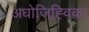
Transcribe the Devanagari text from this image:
अधोजिह्विका